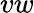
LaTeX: vw